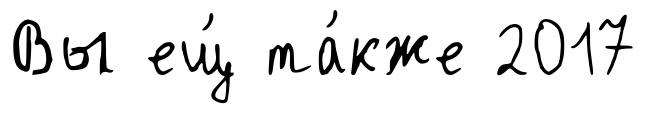
Вы ещ́ та́кже 2017